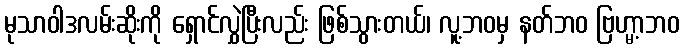
မုသာဝါဒလမ်းဆိုးကို ရှောင်လွှဲပြီးလည်း ဖြစ်သွားတယ်၊ လူ့ဘဝမှ နတ်ဘဝ ဗြဟ္မာ့ဘဝ